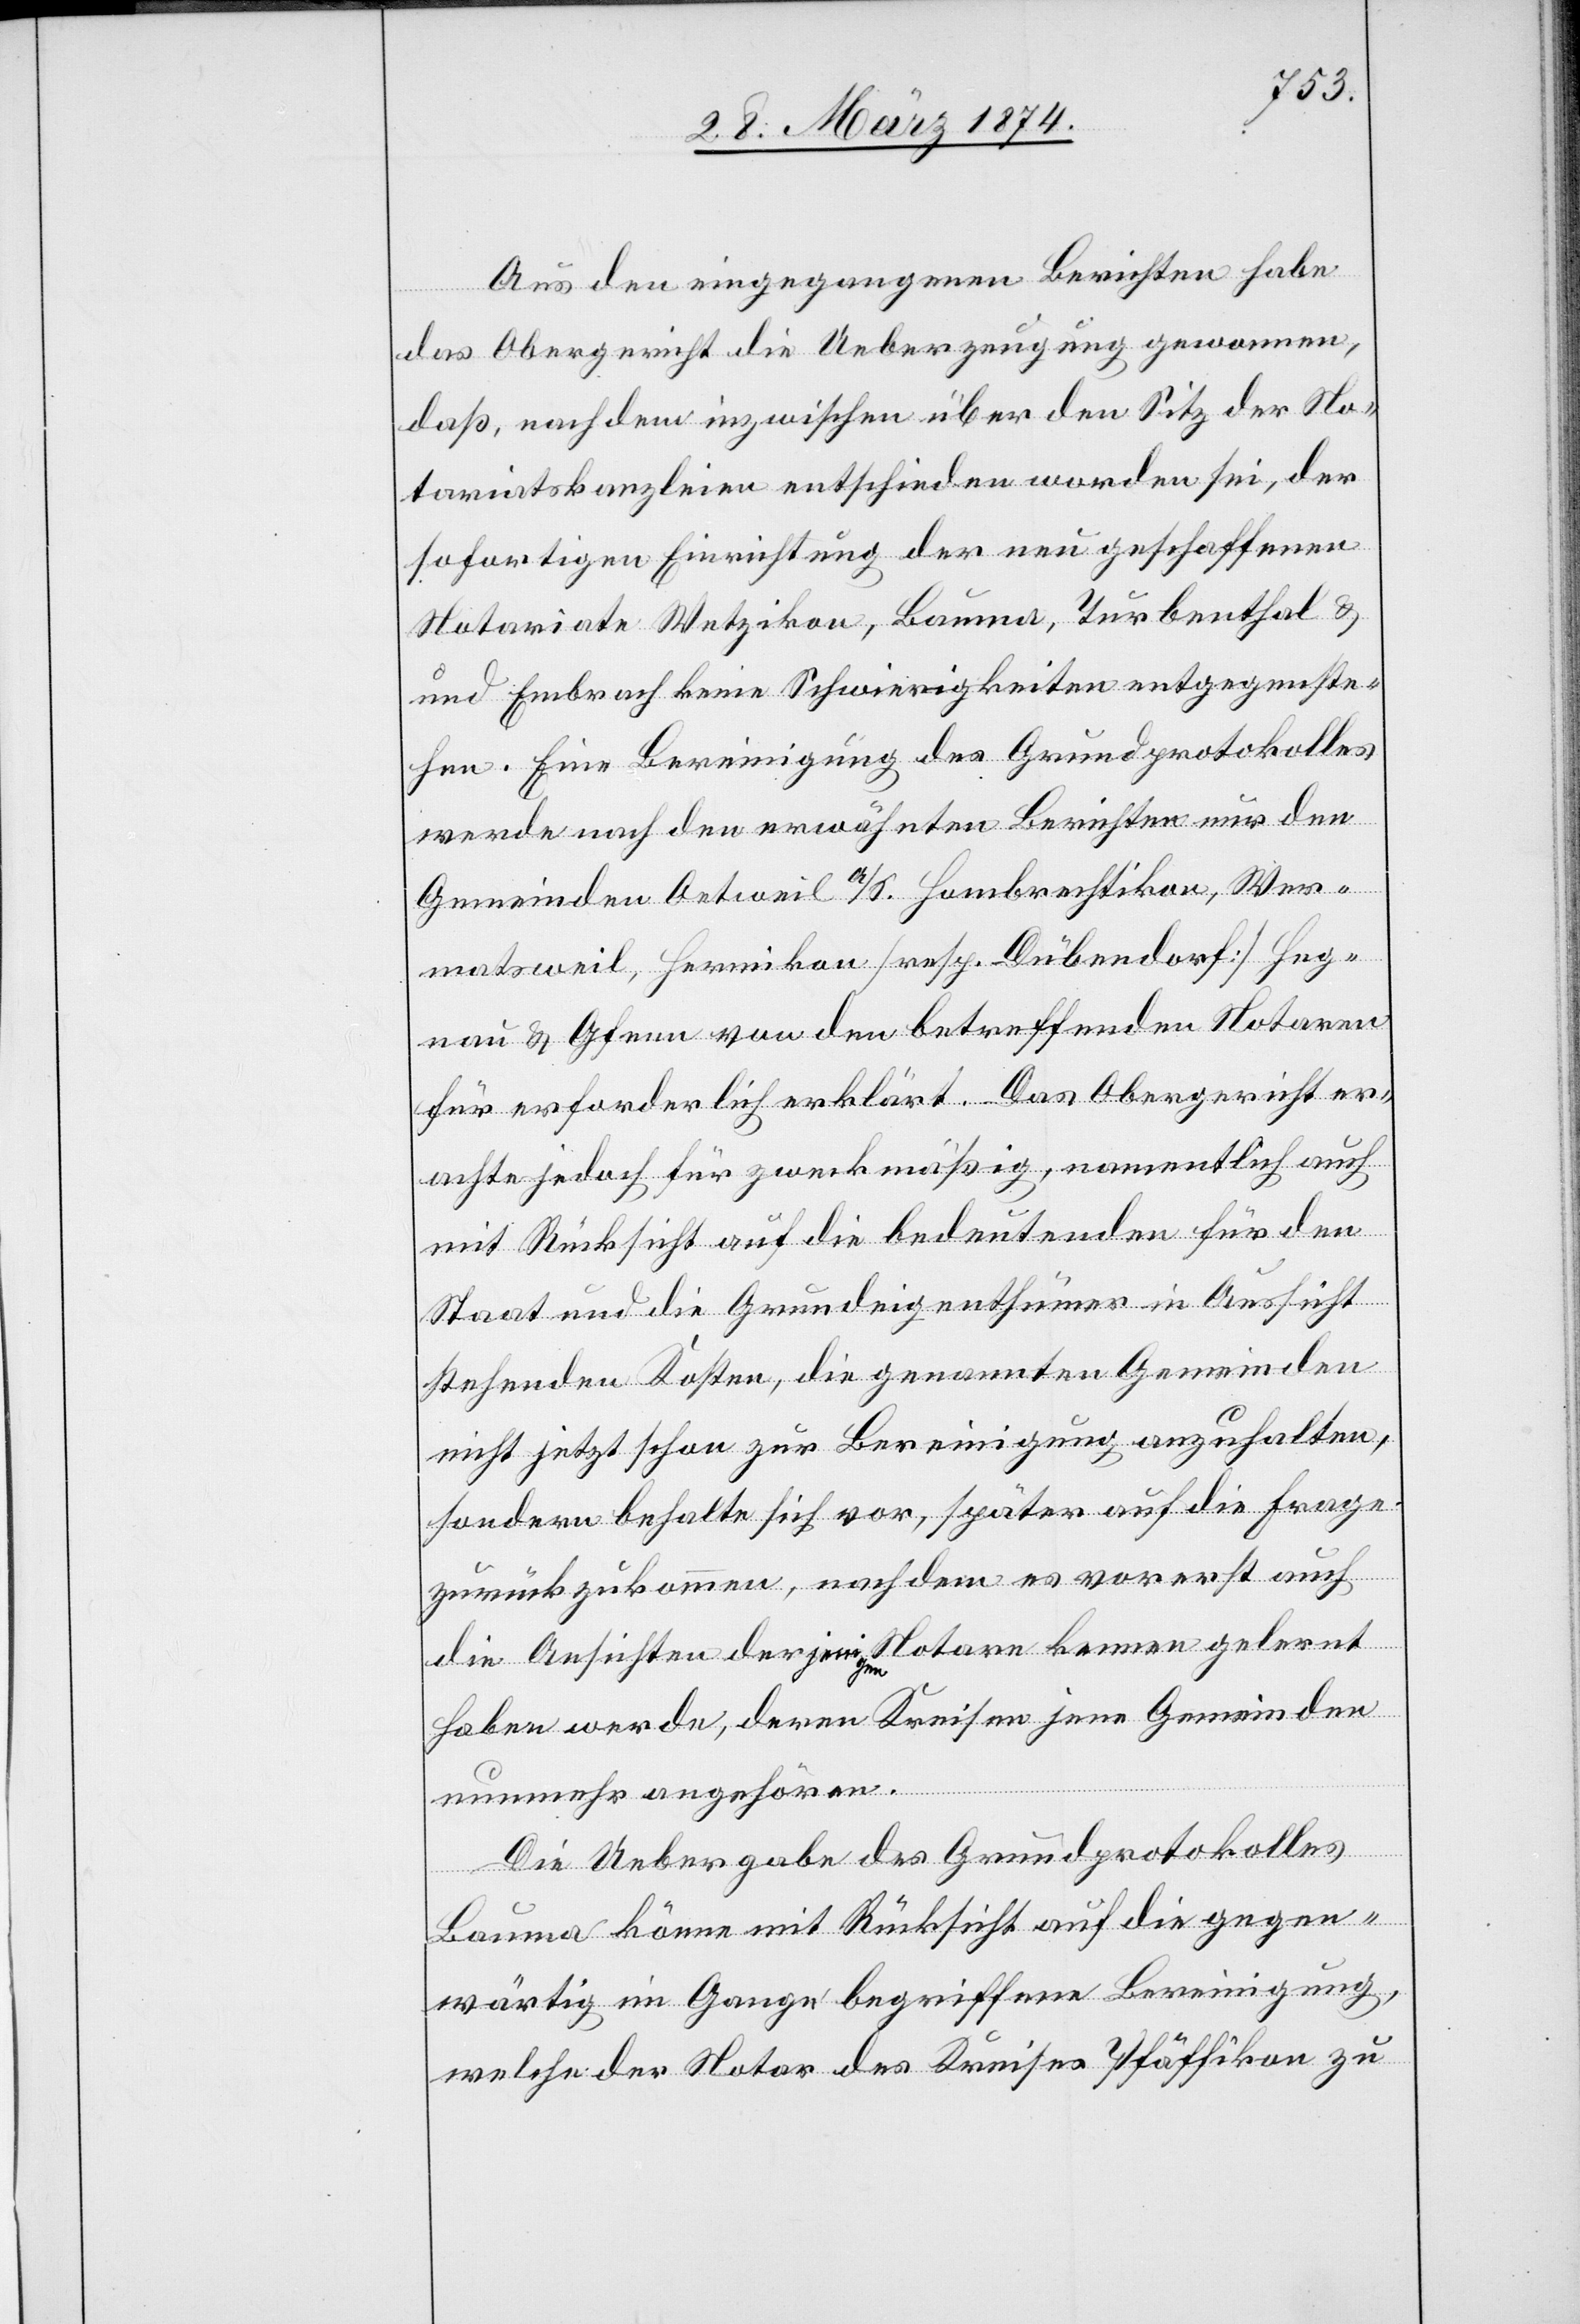
Aus den eingegangenen Berichten habe
das Obergericht die Ueberzeugung genommen,
daß, nach dem inzwischen über den Sitz der No¬
tariatskanzleien entschieden worden sei, der
sofortigen Einrichtung der neu geschaffenen
Notariate Wetzikon, Bauma, Turbenthal u.
Embrach keine Schwierigkeiten entgegenste¬
hen. Eine Bereinigung des Grundprotokolles
werde nach den erwähnten Berichten nur den
Gemeinden Oetweil a/S. [,] Hombrechtikon, Wer¬
matsweil, Herrikon [resp. Dübendorf] [,] Heg¬
nau u. Gfenn von den betreffenden Notaren
für erforderlich erklärt. Das Obergericht er¬
achte jedoch für zweckmäßig, namentlich auch
mit Rücksicht auf die bedeutenden für den
Staat und die Grundeigenthümer in Aussicht
stehenden Kosten, die genannten Gemeinden
nicht jetzt schon zur Bereinigung anzuhalten,
sondern behalte sich vor, später auf die Frage
zurückzukommen, nachdem es vorerst auch
die Ansichten derjenigen Notare kennen gelernt
haben werde, deren Kreisen jener [sic!] Gemeinden
nunmehr angehören.
Die Uebergabe des Grundprotokolles
Bauma könne mit Rücksicht auf die gegen¬
wärtig in Gange begriffene Bereinigung,
welche der Notar des Kreises Pfäffikon zu